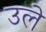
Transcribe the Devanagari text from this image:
उले